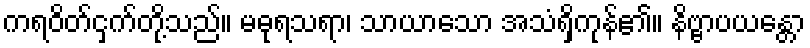
ကရဝိတ်ငှက်တို့သည်။ မဓုရသရာ၊ သာယာသော အသံရှိကုန်၏။ နိဗ္ဗာပယန္တော